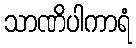
သာဏိပါကာရံ